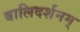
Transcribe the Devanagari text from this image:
बालिदर्शनम्